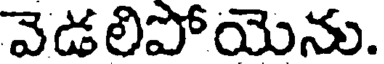
వెడలిపోయెను.